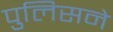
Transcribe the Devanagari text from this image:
पुलिसने